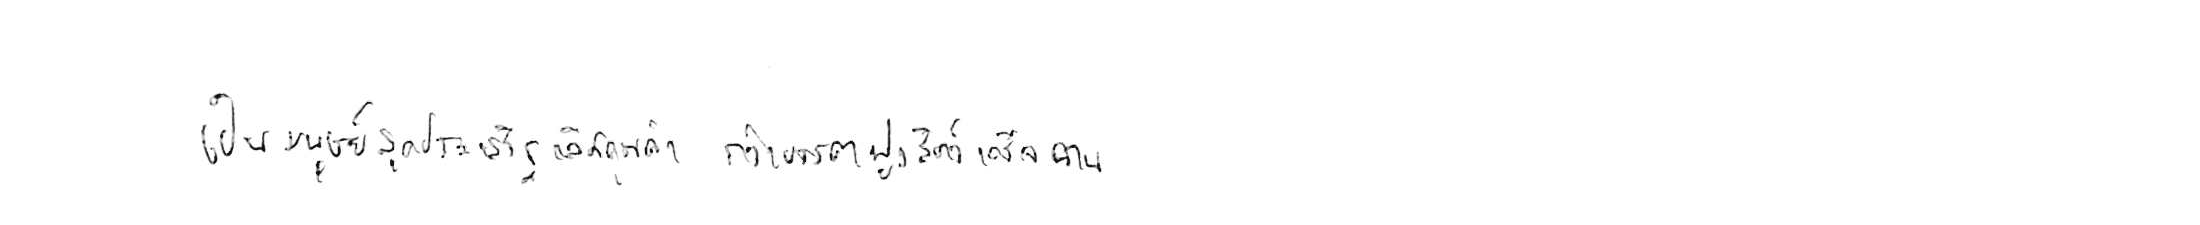
เป็นมนุษย์สุดประเสริฐเลิศคุณค่า กว่าบรรดาฝูงสัตว์เดรัจฉาน